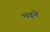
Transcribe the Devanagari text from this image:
भवने